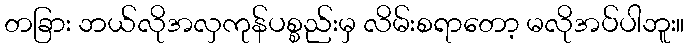
တခြား ဘယ်လိုအလှကုန်ပစ္စည်းမှ လိမ်းစရာတော့ မလိုအပ်ပါဘူး။